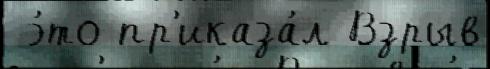
 э́то пр'иказа́л Взрыв